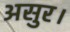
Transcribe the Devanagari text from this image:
असुर।